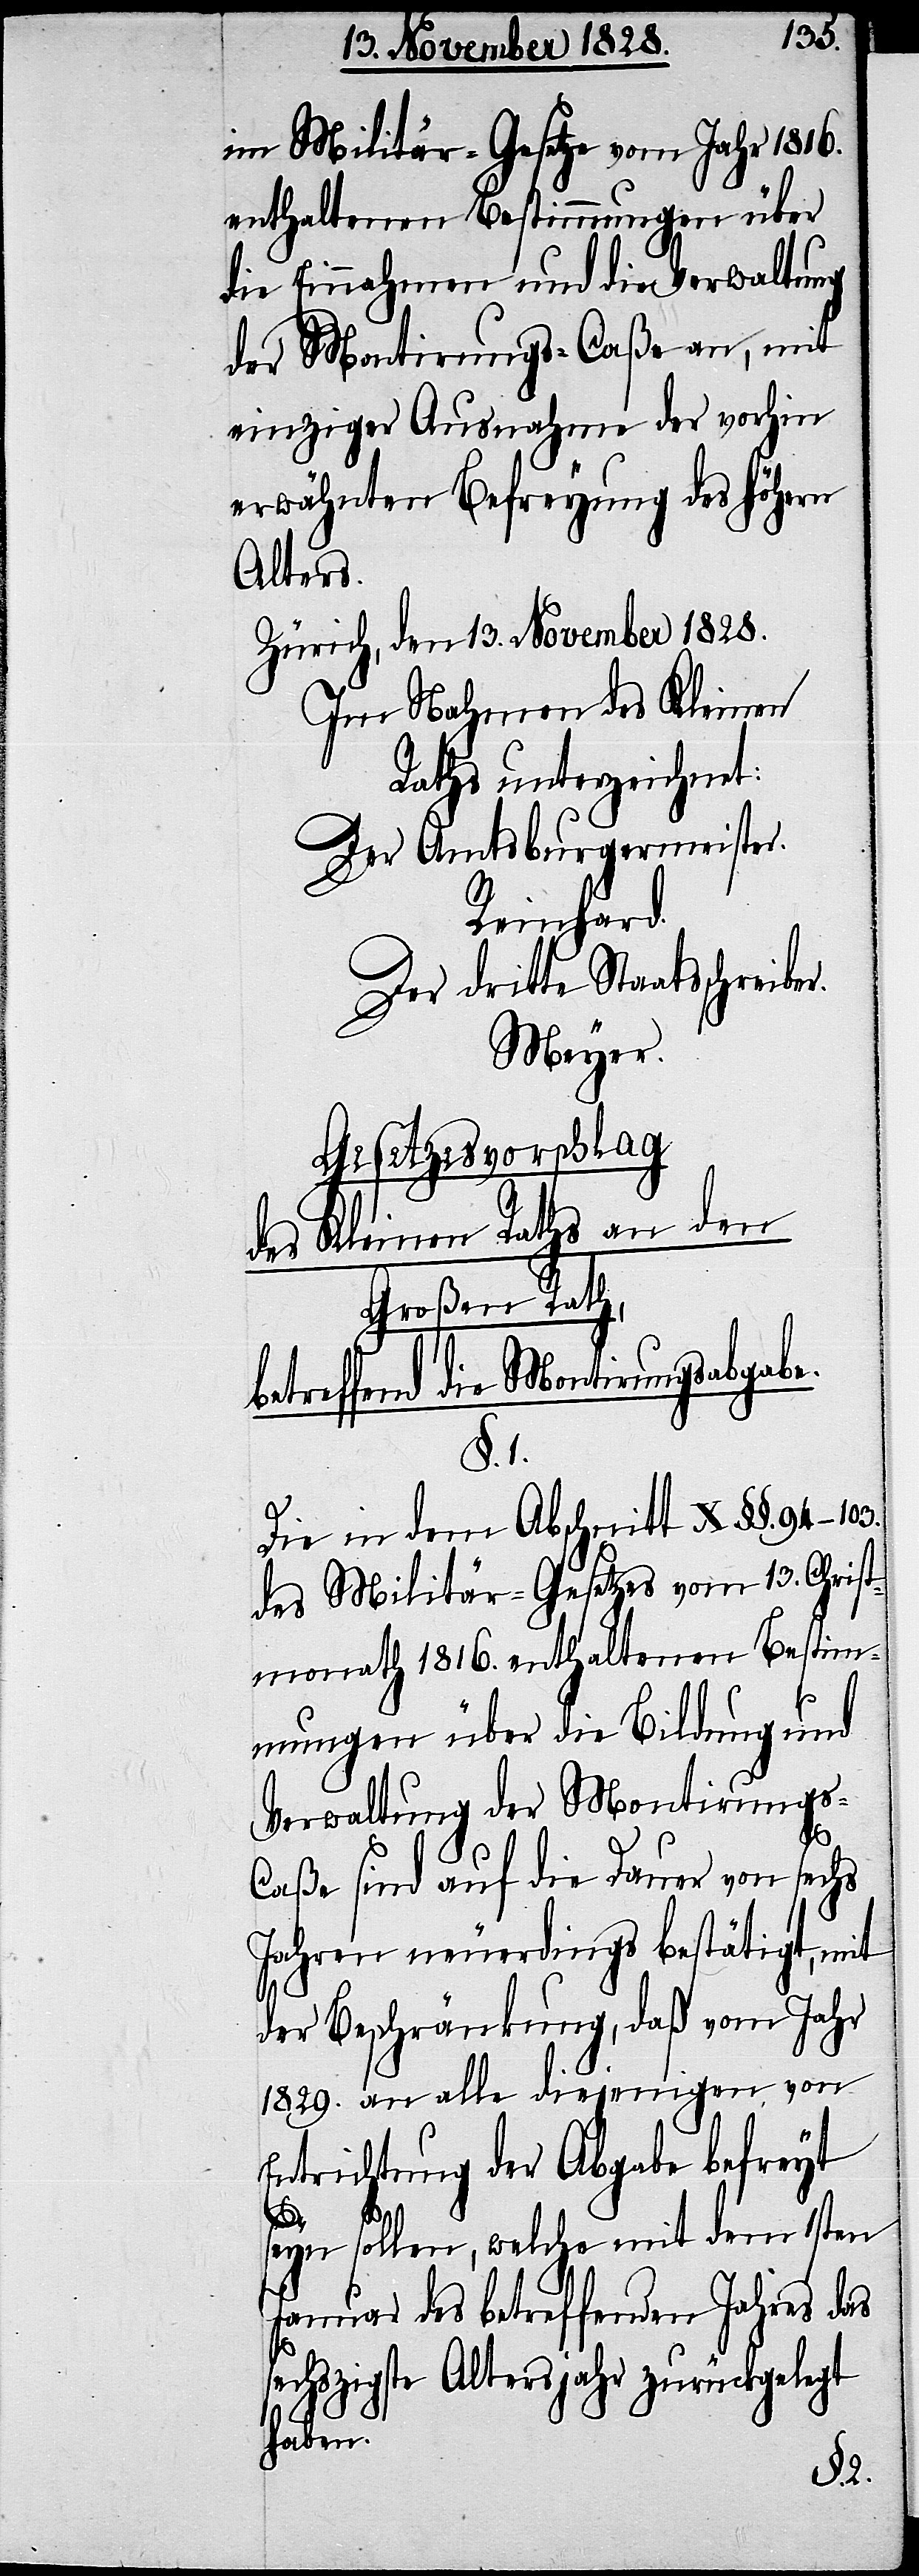
im Militär-Gesetze vom Jahr 1816.
enthaltenen Bestimmungen über
die Einnahmen und die Verwaltung
der Montirungs-Caße an, mit
einziger Ausnahme der vorhin
erwähnten Befreyung des höhern
Alters.
Zürich, den 13. November 1828.
Im Nahmen des Kleinen
Raths unterzeichnet:
Der Amtsburgermeister.
Reinhard.
Der dritte Staatsschreibe¬
Meyer.
Gesetzesvorschlag
des Kleinen Raths an den
Großen Rath,
betreffend die Montirungsabgabe.
§. 1.
Die in dem Abschnitt X[.] §§.
des Militär-Gesetzes vom 13. Christ¬
monath 1816. enthaltenen Bestim¬
mungen über die Bildung und
Verwaltung der Montirungs-C¬
aße sind auf die Dauer von sechs
Jahren neuerdings bestätigt, mit
der Beschränkung, daß vom Jahr
1829. an alle diejenigen von
Entrichtung der Abgabe befreyt
r.
seyn sollen, welche mit dem 1sten
Januar des betreffenden Jahres das
sechszigste Altersjahr zurückgelegt
haben.